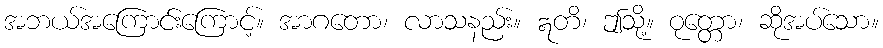
အဘယ်အကြောင်းကြောင့်။ အာဂတော၊ လာသနည်း။ ဣတိ၊ ဤသို့။ ဝုတ္တော၊ ဆိုအပ်သော။